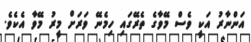
އަންނާރު އަކީ ވެސް މޭވާގެ ތެރޭގައި ހިމެނޭ ވަރަށް މީރު މޭވާ އެކެވެ.